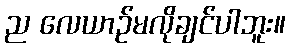
ည လေယာဉ်မလိုချင်ပါဘူး။